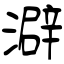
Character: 澼